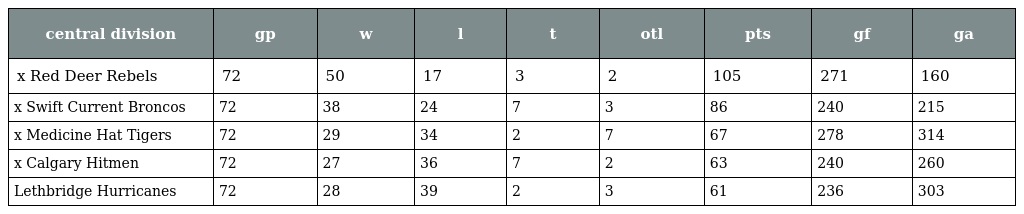
| central division | gp | w | l | t | otl | pts | gf | ga |
 | --- | --- | --- | --- | --- | --- | --- | --- | --- |
 | x Red Deer Rebels | 72 | 50 | 17 | 3 | 2 | 105 | 271 | 160 |
 | x Swift Current Broncos | 72 | 38 | 24 | 7 | 3 | 86 | 240 | 215 |
 | x Medicine Hat Tigers | 72 | 29 | 34 | 2 | 7 | 67 | 278 | 314 |
 | x Calgary Hitmen | 72 | 27 | 36 | 7 | 2 | 63 | 240 | 260 |
 | Lethbridge Hurricanes | 72 | 28 | 39 | 2 | 3 | 61 | 236 | 303 |